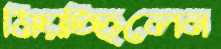
মিয়চ্ছিলেন